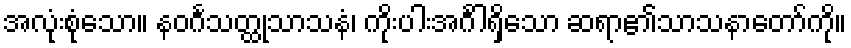
အလုံးစုံသော။ နဝင်္ဂသတ္ထုသာသနံ၊ ကိုးပါးအင်္ဂါရှိသော ဆရာ၏သာသနာတော်ကို။